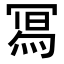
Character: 𭂁